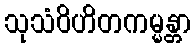
သုသံဝိဟိတကမ္မန္တာ